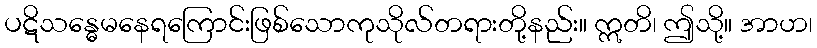
ပဋိသန္ဓေမနေရကြောင်းဖြစ်သောကုသိုလ်တရားတို့နည်း။ ဣတိ၊ ဤသို့။ အာဟ၊